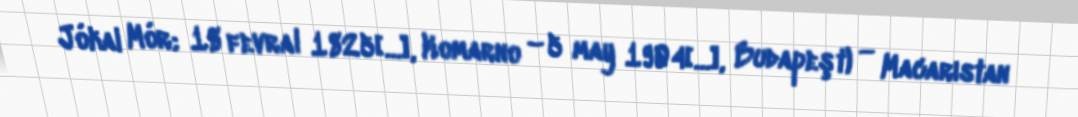
Jókai Mór; 18 fevral 1825[…], Komarno – 5 may 1904[…], Budapeşt) — Macarıstan